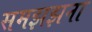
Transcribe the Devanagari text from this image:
समझझना